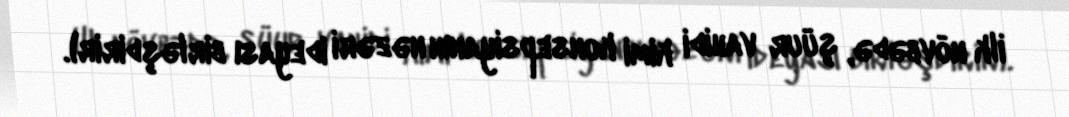
ilk növbədə, şüur vahidi kimi konsepsiyanın nəzəri ideyası birləşdirir).